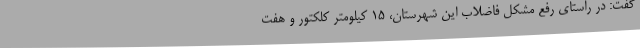
گفت: در راستای رفع مشکل فاضلاب این شهرستان، 15 کیلومتر کلکتور و هفت